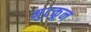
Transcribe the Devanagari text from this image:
मुटकून